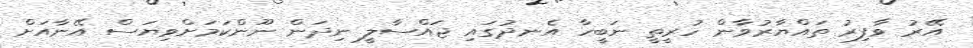
އޭރު ވާފިރު ތައްޔާރުވާން ހުރީތީ ނަބީހާ އެނދުގައި ޖައްސާލީ ނިދަން ނޫންކަމަށްވިޔަސް އޭނާއަށް